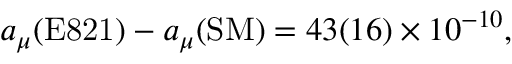
a _ { \mu } ( \mathrm { E 8 2 1 } ) - a _ { \mu } ( \mathrm { S M } ) = 4 3 ( 1 6 ) \times 1 0 ^ { - 1 0 } ,